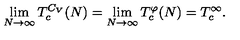
\lim _ { N \to \infty } T _ { c } ^ { C _ { V } } ( N ) = \lim _ { N \to \infty } T _ { c } ^ { \varphi } ( N ) = T _ { c } ^ { \infty } .